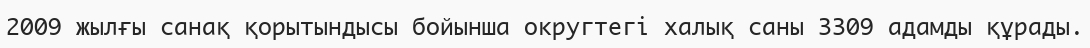
2009 жылғы санақ қорытындысы бойынша округтегі халық саны 3309 адамды құрады.